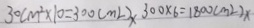
3 0 c m ^ { 2 } \times 1 0 = 3 0 0 ( m l ) x 3 0 0 \times 6 = 1 8 0 0 ( m ^ { 2 } ) x